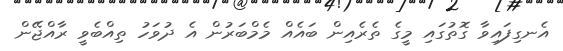
އެނގިފައިވާ ގޮތުގައި މީގެ ތެރެއިން ބައެއް މެމްބަރުން އެ ދުވަހު ތިއްބެވީ ރާއްޖޭން